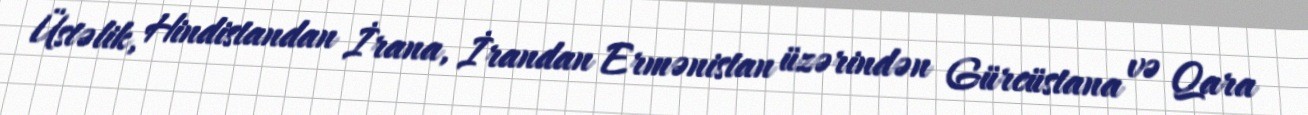
Üstəlik, Hindistandan İrana, İrandan Ermənistan üzərindən Gürcüstana və Qara